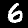
Label: 6